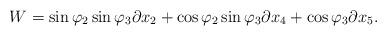
LaTeX: \begin{align*} W=\sin \varphi_{2}\sin \varphi_{3} \partial x_{2}+\cos \varphi_{2}\sin \varphi_{3}\partial x_{4}+\cos \varphi_{3}\partial x_{5}.\end{align*}